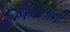
દૂષિતતાની